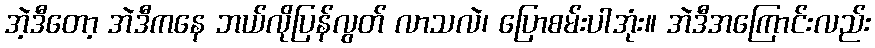
အဲ့ဒီတော့ အဲဒီကနေ ဘယ်လိုပြန်လွတ် လာသလဲ၊ ပြောစမ်းပါအုံး။ အဲဒီအကြောင်းလည်း